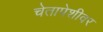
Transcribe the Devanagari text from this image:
चेतापेशीवर